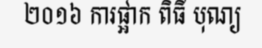
២០១៦ ការផ្អាក ពិធី បុណ្យ